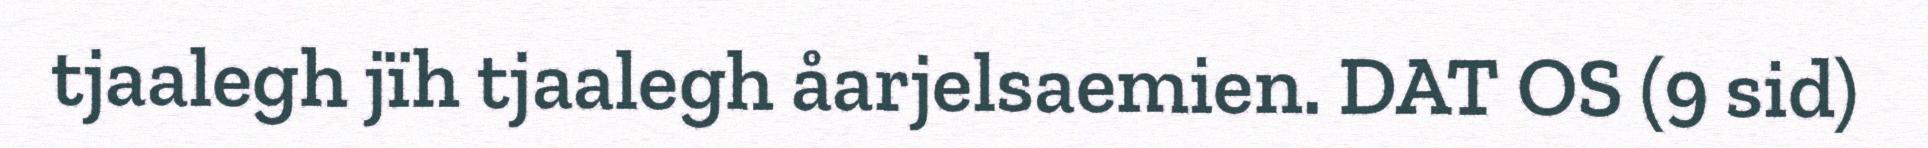
tjaalegh jïh tjaalegh åarjelsaemien. DAT OS (9 sid)